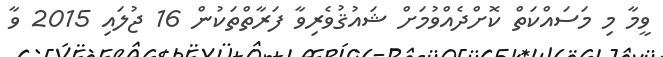
ވީމާ މި މަސައްކަތް ކޮށްދެއްވުމަށް ޝައުޤުވެރިވާ ފަރާތްތަކުން 16 ޖުލައި 2015 ވާ